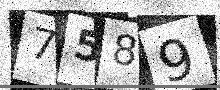
Text: 7589